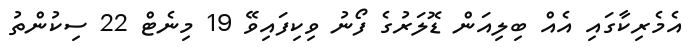
އެމެރިކާގައި އެއް ބިލިއަން ޑޮލަރުގެ ފޯނު ވިކިފައިވޭ 19 މިނެޓް 22 ސިކުންތު